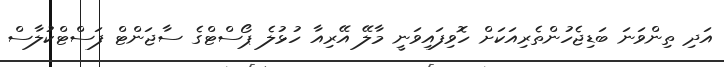
އަދި ތިންވަނަ ބަޑިޖެހުންތެރިއަކަށް ހޮވިފައިވަނީ މާލޭ އޭރިއާ ހުޅުލެ ޕޯސްޓްގެ ސާޖަންޓް ފަސްޓްކުލާސް